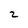
Character: 2